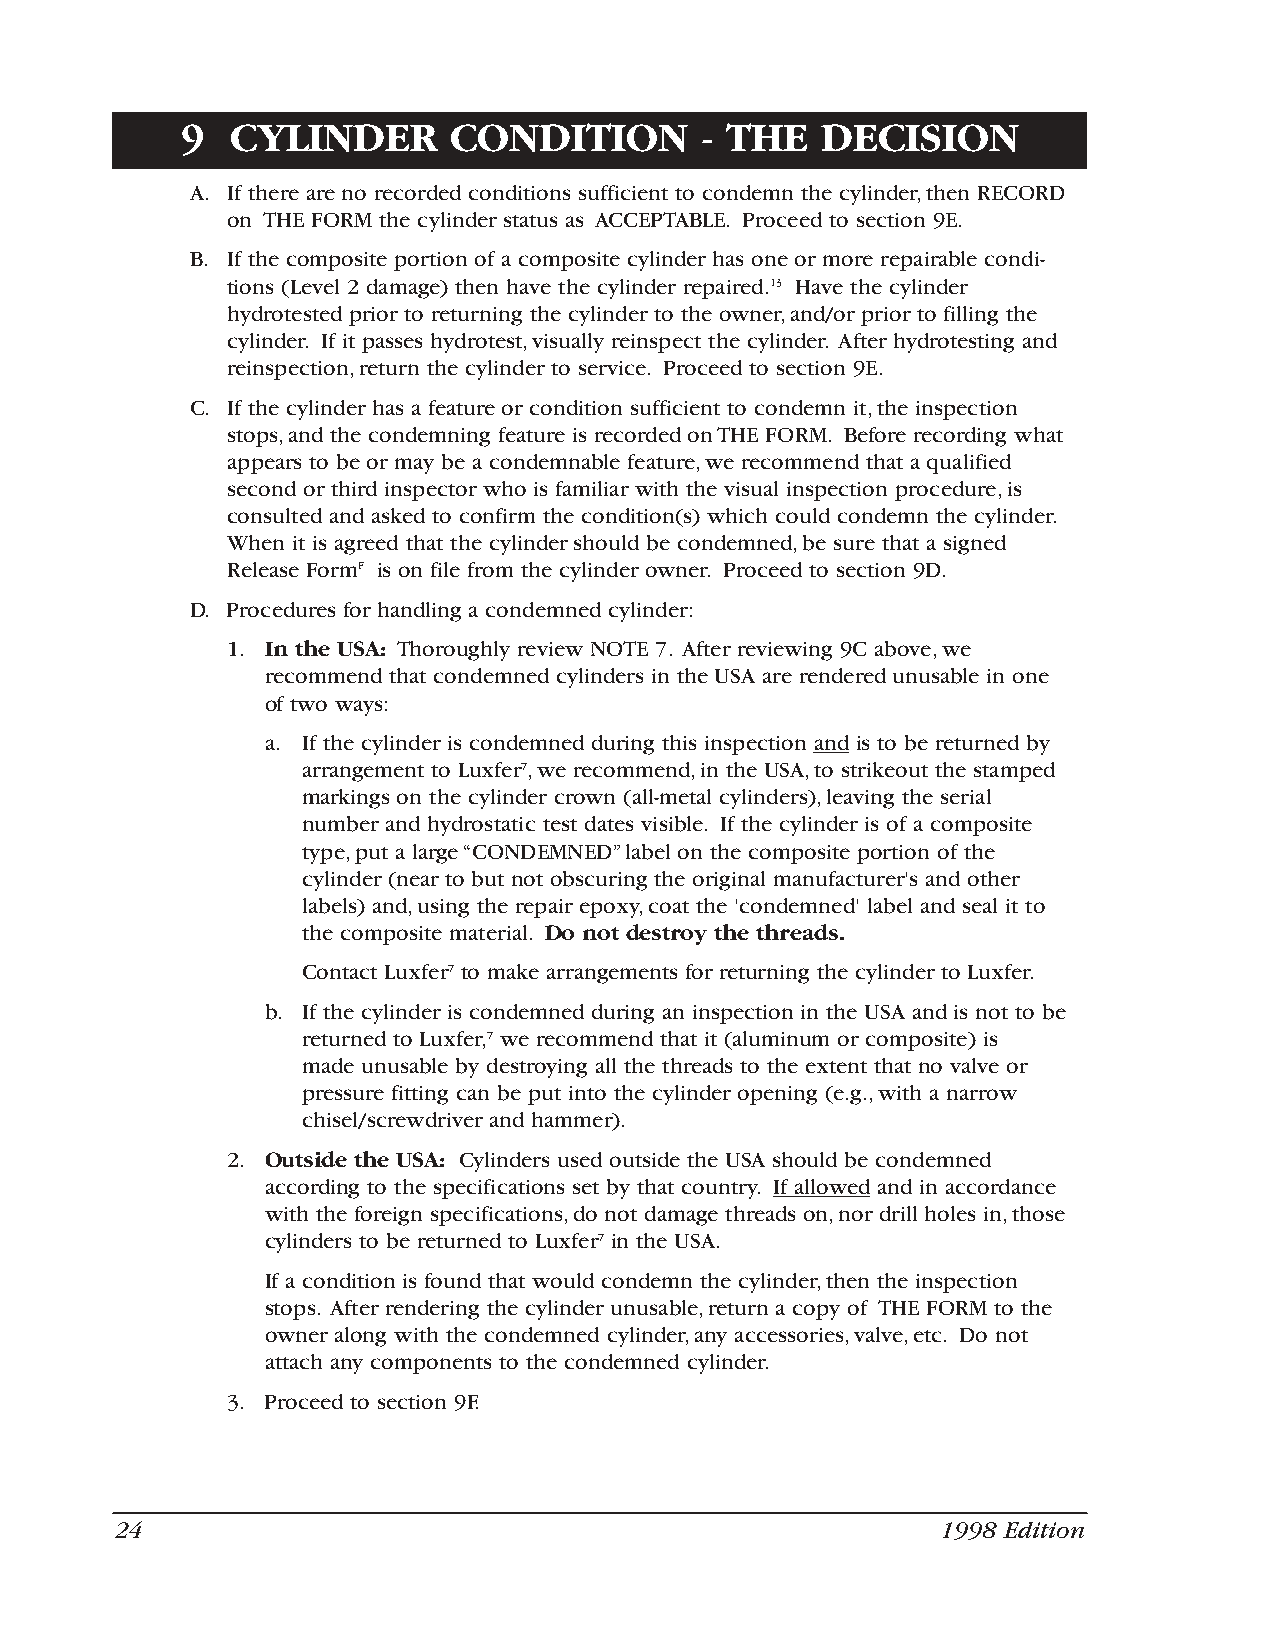
9  CYLINDER       CONDITION       - THE   DECISION
 A. If there are no recorded conditions sufficient to condemn the cylinder,then RECORD
 on THE FORM the cylinder status as ACCEPTABLE. Proceed to section 9E.
 B. If the composite portion of a composite cylinder has one or more repairable condi-
 tions (Level 2 damage) then have the cylinder repaired.13 Have the cylinder
 hydrotested prior to returning the cylinder to the owner,and/or prior to filling the
 cylinder. If it passes hydrotest,visually reinspect the cylinder. After hydrotesting and
 reinspection,return the cylinder to service. Proceed to section 9E.
 C. If the cylinder has a feature or condition sufficient to condemn it,the inspection
 stops,and the condemning feature is recorded on THE FORM. Before recording what
 appears to be or may be a condemnable feature,we recommend that a qualified
 second or third inspector who is familiar with the visual inspection procedure,is
 consulted and asked to confirm the condition(s) which could condemn the cylinder.
 When it is agreed that the cylinder should be condemned,be sure that a signed
 Release FormF is on file from the cylinder owner. Proceed to section 9D.
 D. Procedures for handling a condemned cylinder:
 1. In the USA: Thoroughly review NOTE 7. After reviewing 9C above,we
 recommend that condemned cylinders in the USA are rendered unusable in one
 of two ways:
 a. If the cylinder is condemned during this inspection and is to be returned by
 arrangement to Luxfer7,we recommend,in the USA,to strikeout the stamped
 markings on the cylinder crown (all-metal cylinders),leaving the serial
 number and hydrostatic test dates visible. If the cylinder is of a composite
 type,put a large “CONDEMNED”label on the composite portion of the
 cylinder (near to but not obscuring the original manufacturer's and other
 labels) and,using the repair epoxy,coat the 'condemned' label and seal it to
 the composite material. Do not destroy the threads.
 Contact Luxfer7 to make arrangements for returning the cylinder to Luxfer.
 b. If the cylinder is condemned during an inspection in the USA and is not to be
 returned to Luxfer,7 we recommend that it (aluminum or composite) is
 made unusable by destroying all the threads to the extent that no valve or
 pressure fitting can be put into the cylinder opening (e.g.,with a narrow
 chisel/screwdriver and hammer).
 2. Outside the USA: Cylinders used outside the USA should be condemned
 according to the specifications set by that country. If allowed and in accordance
 with the foreign specifications,do not damage threads on,nor drill holes in,those
 cylinders to be returned to Luxfer7 in the USA.
 If a condition is found that would condemn the cylinder,then the inspection
 stops. After rendering the cylinder unusable,return a copy of THE FORM to the
 owner along with the condemned cylinder,any accessories,valve,etc. Do not
 attach any components to the condemned cylinder.
 3. Proceed to section 9F.
 24                                                    1998 Edition